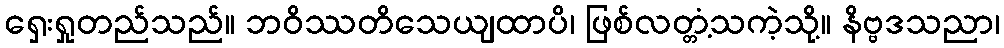
ရှေးရှုတည်သည်။ ဘဝိဿတိသေယျထာပိ၊ ဖြစ်လတ္တံ့သကဲ့သို့။ နိဗ္ဗဒသညာ၊